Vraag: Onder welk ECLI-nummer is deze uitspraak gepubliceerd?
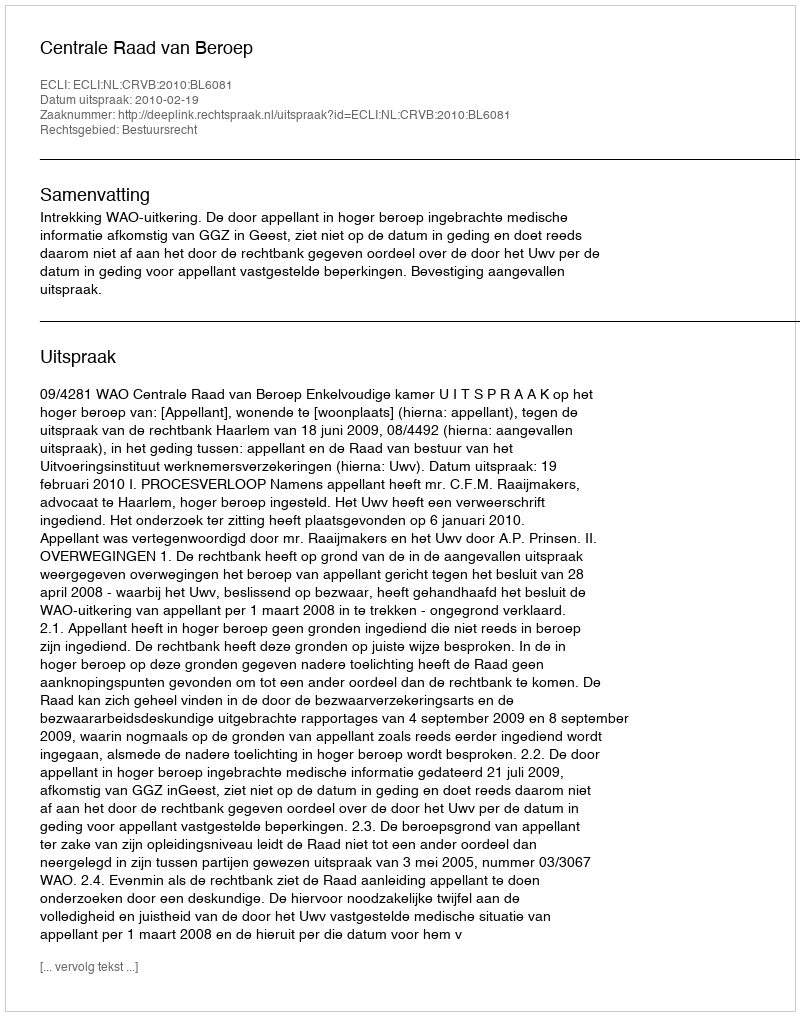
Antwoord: ECLI:NL:CRVB:2010:BL6081